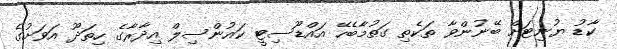
ކާޑު ޔުނިޓަށް ބޭނުންވާ ތަކެތި ގަތުމާބެހޭ އައްޑޫސިޓީ ކައުންސިލް އިދާރާގެ ހިތަދޫ އަވަށުގެ